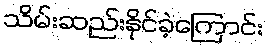
သိမ်းဆည်းနိုင်ခဲ့ကြောင်း